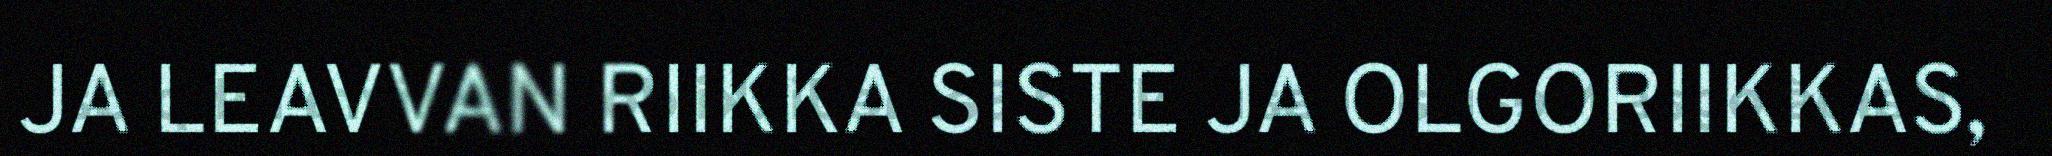
JA LEAVVAN RIIKKA SISTE JA OLGORIIKKAS,